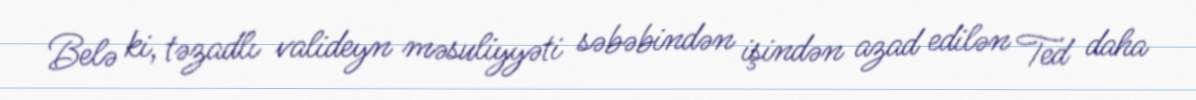
Belə ki, təzadlı valideyn məsuliyyəti səbəbindən işindən azad edilən Ted daha